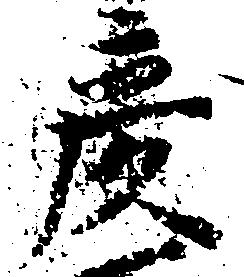
彦